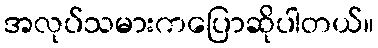
အလုပ်သမားကပြောဆိုပါတယ်။